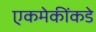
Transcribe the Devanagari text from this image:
एकमेकींकडे